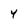
Character: Y